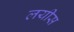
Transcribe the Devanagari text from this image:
लयीस